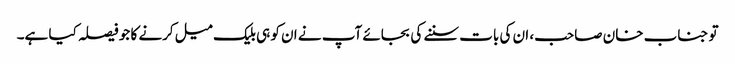
تو جناب خان صاحب، ان کی بات سننے کی بجائے آپ نے ان کو ہی بلیک میل کرنے کا جو فیصلہ کیا ہے۔